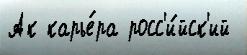
Ак карье́ра росс'и́йск'ий